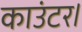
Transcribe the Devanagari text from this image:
काउंटर।